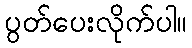
ပွတ်ပေးလိုက်ပါ။